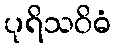
ပုရိသဝိဓံ